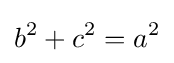
b^{2}+c^{2}=a^{2}